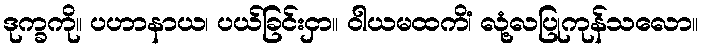
ဒုက္ခကို။ ပဟာနာယ၊ ပယ်ခြင်းငှာ။ ဝါယမထကိံ၊ လုံ့လပြုကုန်သလော။